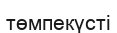
төмпекүсті